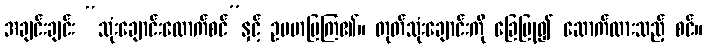
အချင်းချင်း “သုံးချောင်းထောက်စင်”နှင့် ဥပမာပြကြ၏။ တုတ်သုံးချောင်းကို ခြေပြု၍ ဆောက်ထားသည့် စင်။